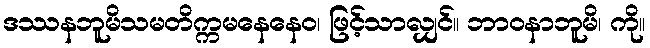
ဒဿနဘူမိသမတိက္ကမနေနေဝ၊ ဖြင့်သာလျှင်။ ဘာဝနာဘူမိ၊ ကို။